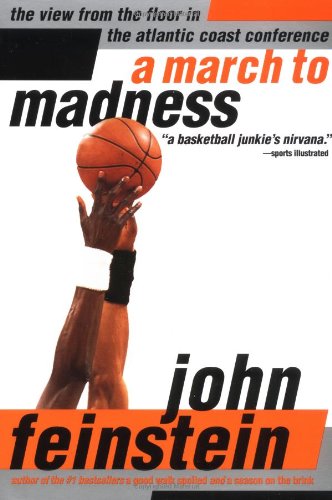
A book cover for A March to Madness: A View from the Floor in the Atlantic Coast Conference; John Feinstein; Sports & Outdoors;